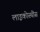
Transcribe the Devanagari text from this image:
लाइकोस्थींस